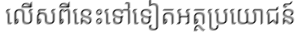
លើសពីនេះទៅទៀតអត្ថប្រយោជន៍